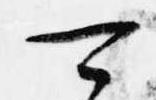
可